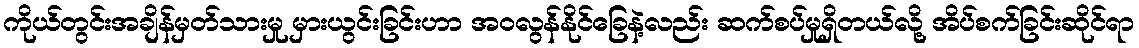
ကိုယ်တွင်းအချိန်မှတ်သားမှု မှားယွင်းခြင်းဟာ အဝလွန်နိုင်ခြေနဲ့လည်း ဆက်စပ်မှုရှိတယ်လို့ အိပ်စက်ခြင်းဆိုင်ရာ